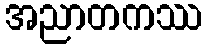
အညာတကဿ